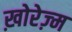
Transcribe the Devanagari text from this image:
ख़ोरेज़्म